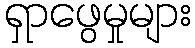
ရှာဖွေမှုများ